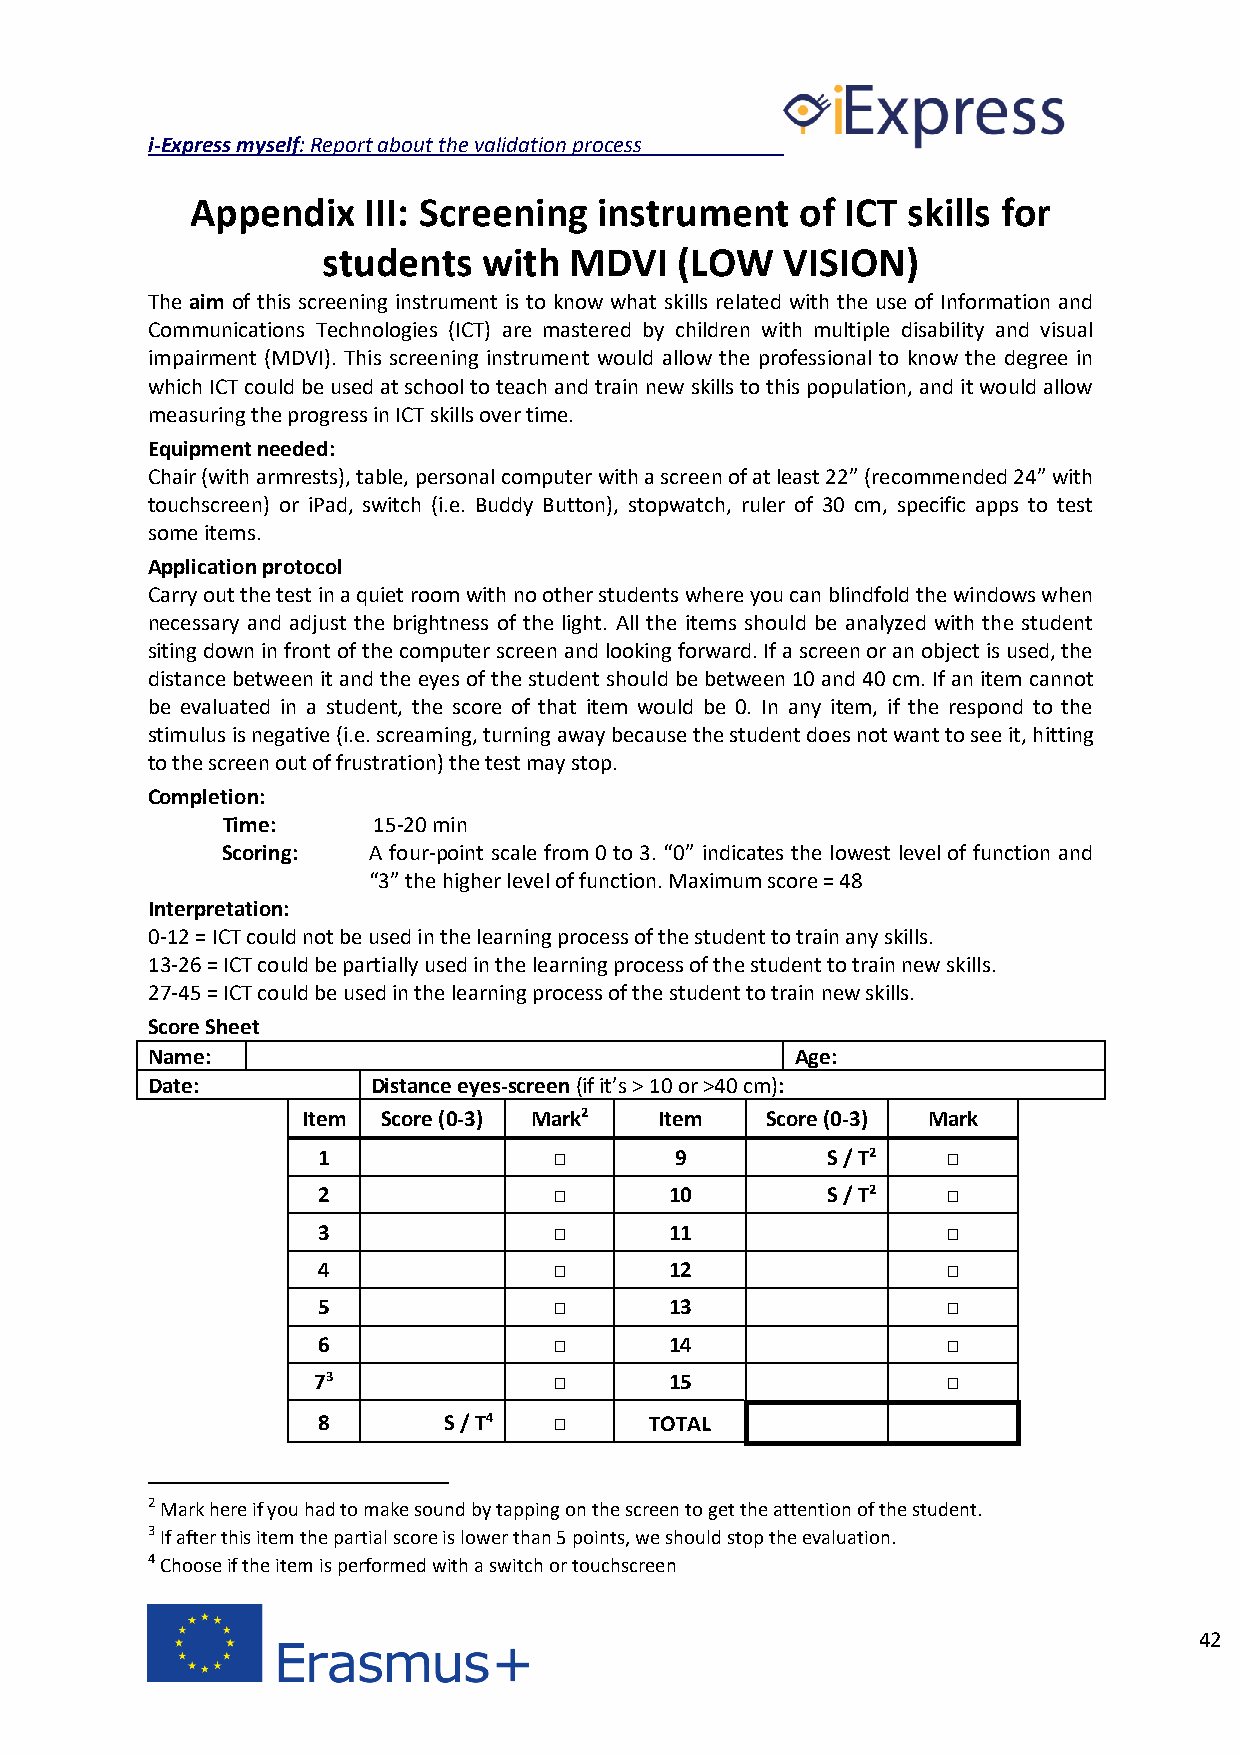
i-Express myself: Report about the validation process
 Appendix   III: Screening  instrument   of ICT skills for
 students   with  MDVI   (LOW   VISION)
 The aim of this screening instrument is to know what skills related with the use of Information and
 Communications Technologies (ICT) are mastered by children with multiple disability and visual
 impairment (MDVI). This screening instrument would allow the professional to know the degree in
 which ICT could be used at school to teach and train new skills to this population, and it would allow
 measuring the progress in ICT skills over time.
 Equipment needed:
 Chair (with armrests), table, personal computer with a screen of at least 22” (recommended 24” with
 touchscreen) or iPad, switch (i.e. Buddy Button), stopwatch, ruler of 30 cm, specific apps to test
 some items.
 Application protocol
 Carry out the test in a quiet room with no other students where you can blindfold the windows when
 necessary and adjust the brightness of the light. All the items should be analyzed with the student
 siting down in front of the computer screen and looking forward. If a screen or an object is used, the
 distance between it and the eyes of the student should be between 10 and 40 cm. If an item cannot
 be evaluated in a student, the score of that item would be 0. In any item, if the respond to the
 stimulus is negative (i.e. screaming, turning away because the student does not want to see it, hitting
 to the screen out of frustration) the test may stop.
 Completion:
 Time:     15-20 min
 Scoring: A four-point scale from 0 to 3. “0” indicates the lowest level of function and
 “3” the higher level of function. Maximum score = 48
 Interpretation:
 0-12 = ICT could not be used in the learning process of the student to train any skills.
 13-26 = ICT could be partially used in the learning process of the student to train new skills.
 27-45 = ICT could be used in the learning process of the student to train new skills.
 Score Sheet
 Name:                                      Age:
 Date:          Distance eyes-screen (if it’s > 10 or >40 cm):
 Item Score (0-3) Mark2  Item   Score (0-3) Mark
 1               □       9         S / T2  □
 2               □      10         S / T2  □
 3               □      11                 □
 4               □      12                 □
 5               □      13                 □
 6               □      14                 □
 73              □      15                 □
 8       S / T4  □     TOTAL
 2 Mark here if you had to make sound by tapping on the screen to get the attention of the student.
 3 If after this item the partial score is lower than 5 points, we should stop the evaluation.
 4 Choose if the item is performed with a switch or touchscreen
 42